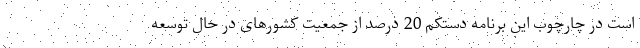
است در چارچوب این برنامه دستکم 20 درصد از جمعیت کشورهای در حال توسعه